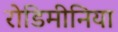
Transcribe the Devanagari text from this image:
रोडिमीनिया